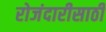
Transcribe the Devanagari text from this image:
रोजंदारीसाठी